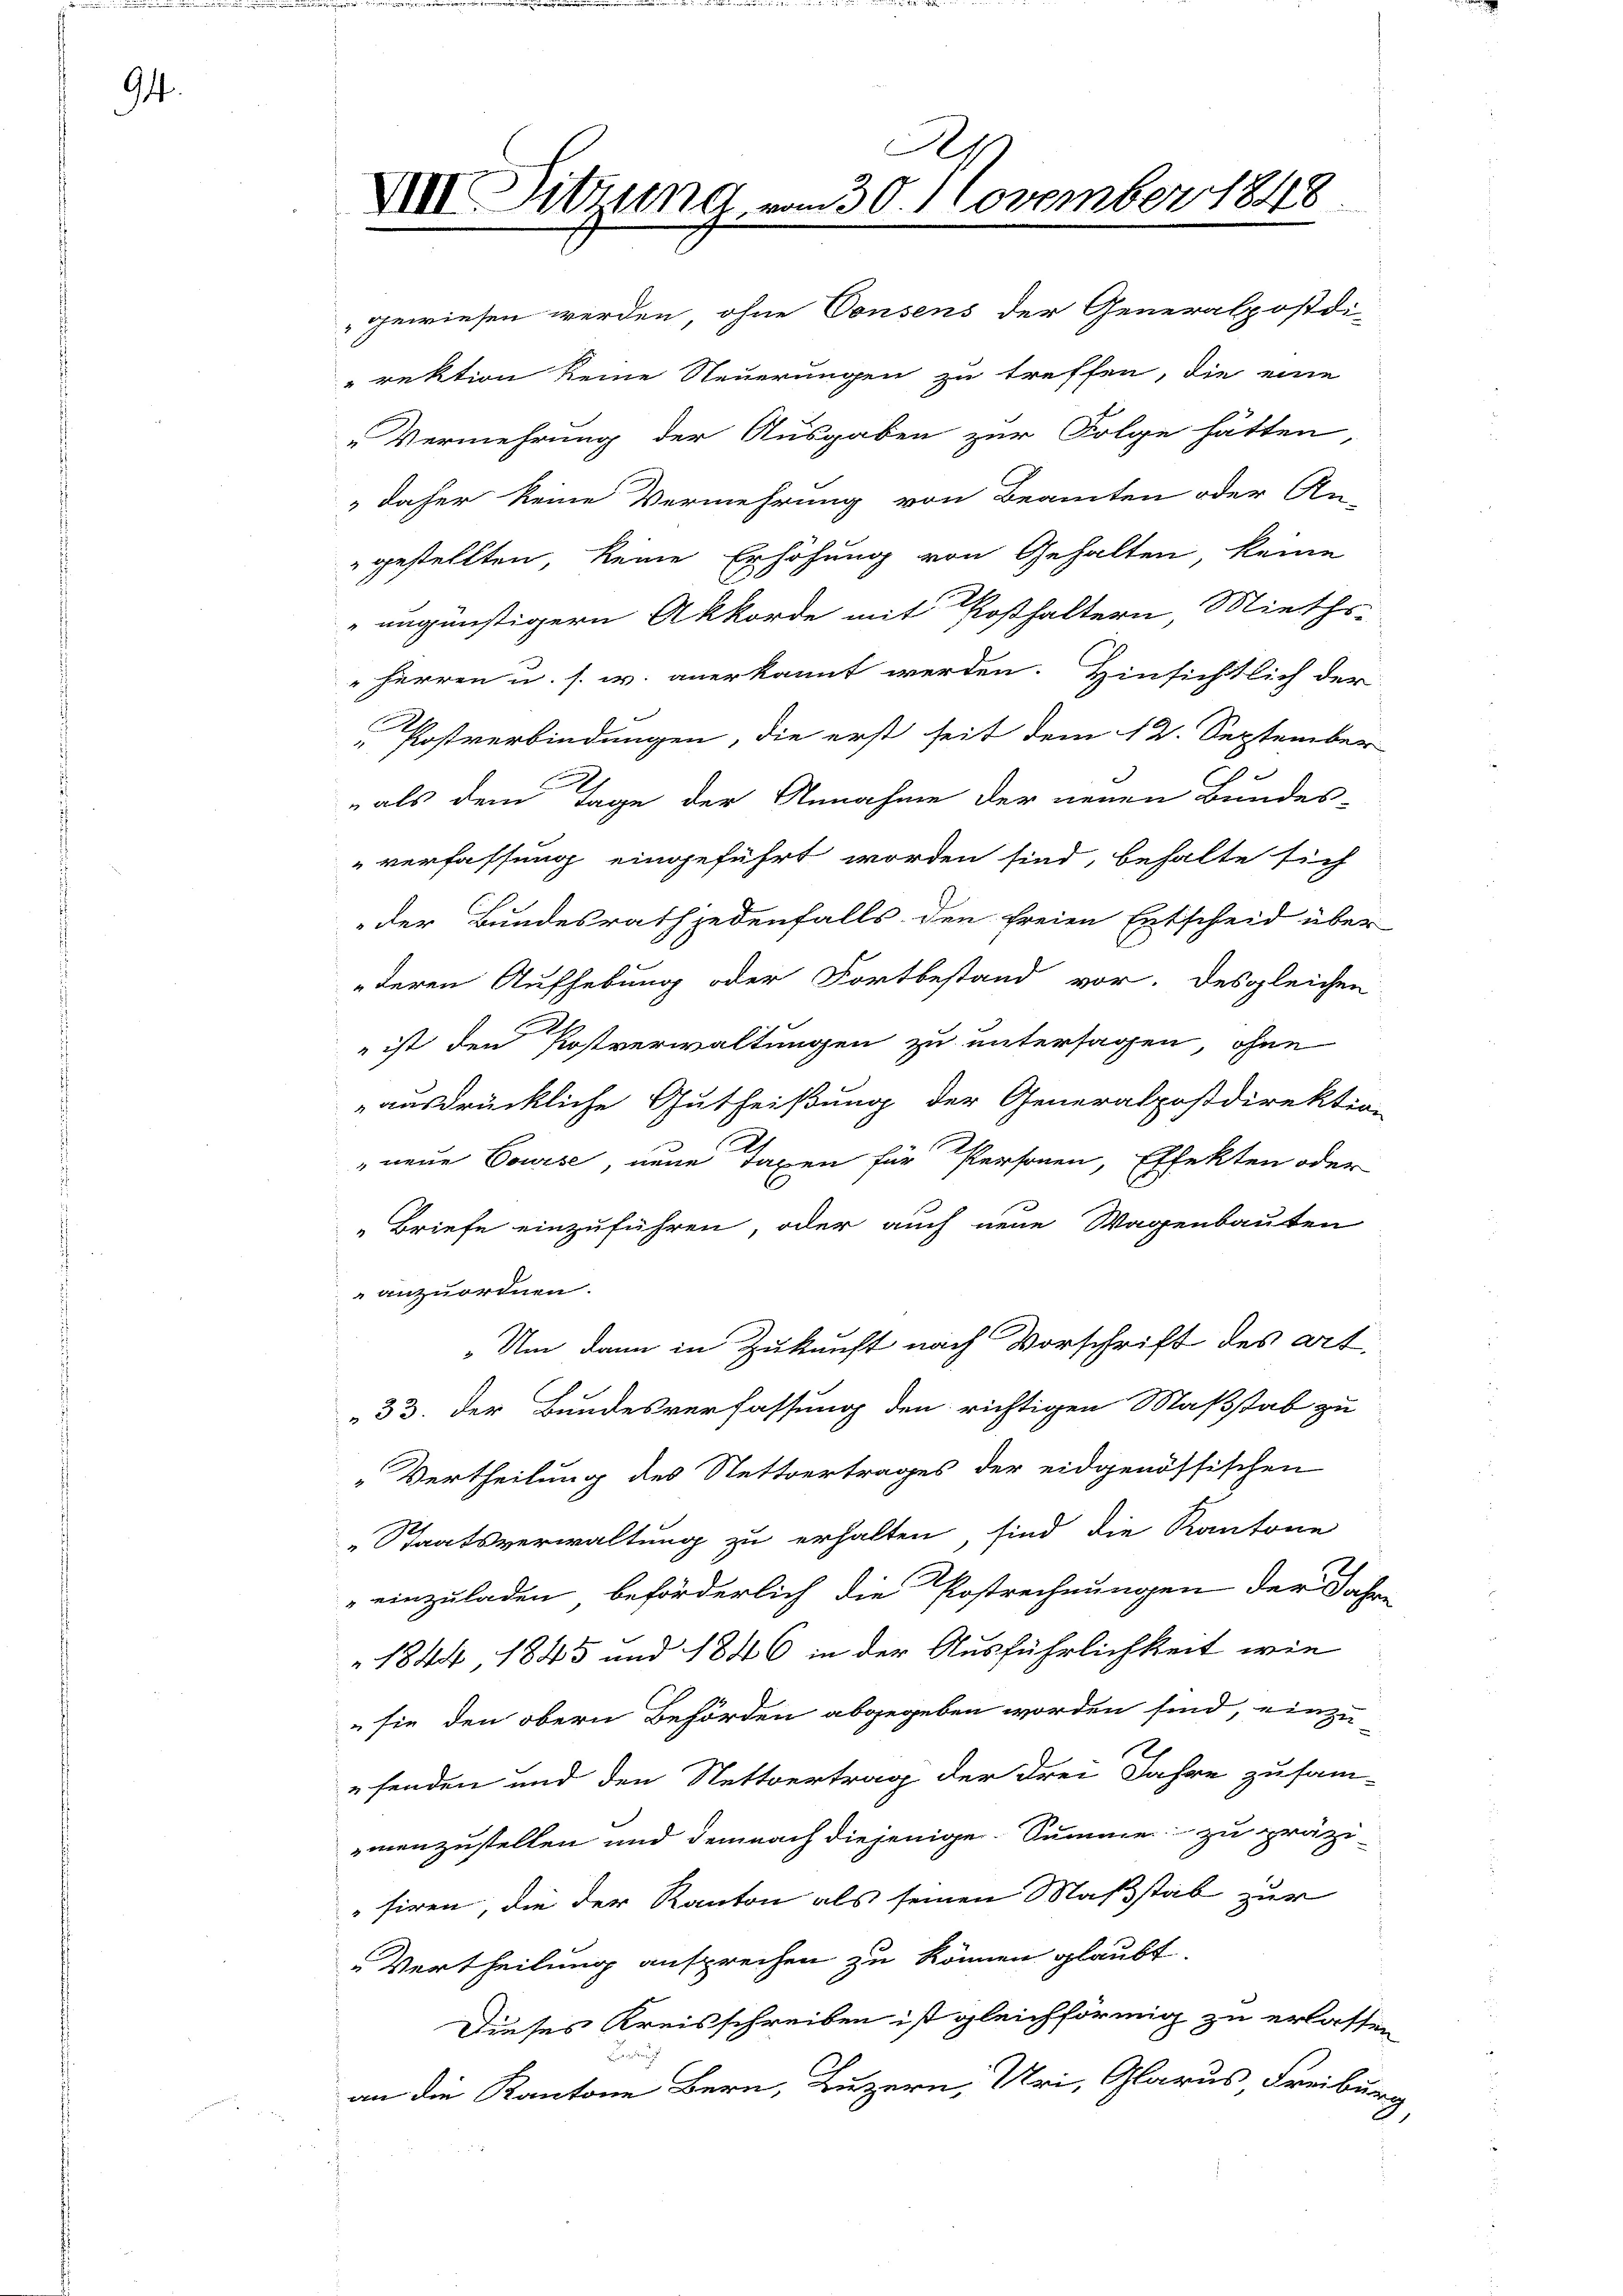
94.

XIV Sitzung vom 30. November 1848.

gewiesen werden, ohne Consens der Generalpostdi-
rektion keine Steuerungen zu treffen, die eine
„Vermehrung der Ausgaben zur Folge hätten,
daher keine Vermehrung von Beamten oder An-
gestellten, keine Erhöhung von Gehalten, keine
ungünstigern Akkorde mit Posthaltern, Mieths-
"Herren u. s. w. anerkannt werden. Hinsichtlich der
Postverbindungen, die erst seit dem 12. September
als dem Tage der Annahme der neuen Bundes-
verfassung eingeführt worden sind, behalte sich
der Bundesrath jedenfalls den freien Entscheid über
deren Aufhebung oder Fortbestand vor. Desgleichen
 ist den Postverwaltungen zu untersagen, ohne
ausdrückliche Gutheißung der Generalpostdirektion
" neue Louise, neue Taxen für Personen, Effekten oder
Briefe einzuführen, oder auch neue Wagenbauten
anzuordnen.
„Um dann in Zukunft nach Vorschrift des Art.
33. der Bundesverfassung den richtigen Maßstab zu
„Vertheilung des Nettvertrages der eidgenössischen
„Staatsverwaltung zu erhalten, sind die Kantone
einzuladen, beförderlich die Postrechnungen der Jahre
1844, 1845 und 1846 in der Ausführlichkeit wie
 sie den obern Behörden abgegeben worden sind, einzufenden und den Stettertrag der drei Jahre zusam-
menzustellen und demnach diejenige Summe zu präzi-
siren, die der Kanton als seinen Maßstab zur
Vertheilung ansprechen zu können glaubt.
Dieses Kreisschreiben ist gleichförmig zu erlassen
an die Kantone Bern, Luzern, Uri, Glarus Freiburg,